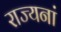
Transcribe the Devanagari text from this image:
राज्यनां